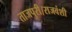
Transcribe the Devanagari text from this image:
ताजपुरी।राजवंशी